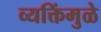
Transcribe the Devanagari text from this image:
व्यक्तिंमुळे